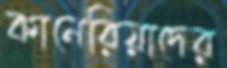
কানেরিয়াদের